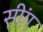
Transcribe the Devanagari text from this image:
सी़ंग